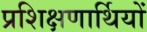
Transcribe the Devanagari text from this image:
प्रशिक्षणार्थियों